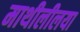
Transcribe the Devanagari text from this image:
माथीलीलया